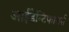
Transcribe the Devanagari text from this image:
आईडेन्टिफायर्स